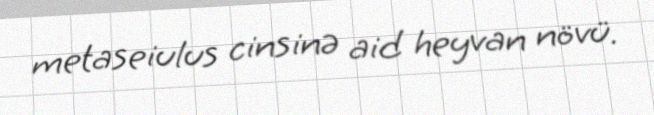
metaseiulus cinsinə aid heyvan növü.